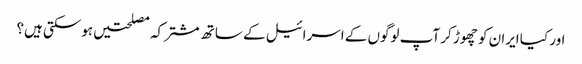
اور کیا ایران کو چھوڑ کر آپ لوگوں کے اسرائیل کے ساتھ مشترکہ مصلحتیں ہوسکتی ہیں؟